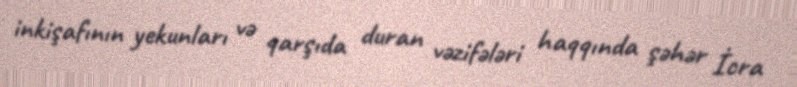
inkişafının yekunları və qarşıda duran vəzifələri haqqında şəhər İcra